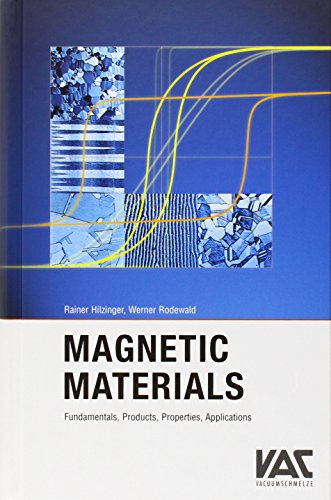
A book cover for Magnetic Materials; Rainer Hilzinger; Science & Math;